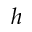
h